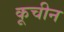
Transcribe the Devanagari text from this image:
कूचीन